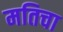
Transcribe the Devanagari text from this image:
मतिचा